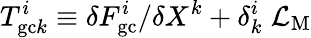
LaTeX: T_{\mathrm{gc}k}^{i}\equiv\delta F_{\mathrm{gc}}^{i}/\delta X^{k}+\delta_{k}^{i}\; {\cal L}_{\mathrm{M}}